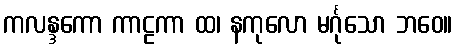
ကလန္ဒကော ကာဠကာ ထ၊ နကုလော မင်္ဂုသော ဘဝေ။